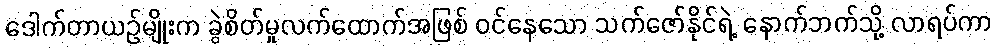
ဒေါက်တာယဉ်မျိုးက ခွဲစိတ်မှုလက်ထောက်အဖြစ် ဝင်နေသော သက်ဇော်နိုင်ရဲ့ နောက်ဘက်သို့ လာရပ်ကာ